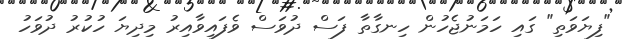
"ފިޔަވަތި" ގައި ހަމަނުޖެހުން ހިނގާތާ ފަސް ދުވަސް ވެފައިވާއިރު މިދިޔަ ހުކުރު ދުވަހު